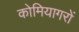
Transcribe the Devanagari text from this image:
कोमियागरों